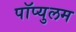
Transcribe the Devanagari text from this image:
पॉप्युलम